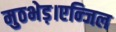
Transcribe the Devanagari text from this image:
मुठभेड़।एन्जिल